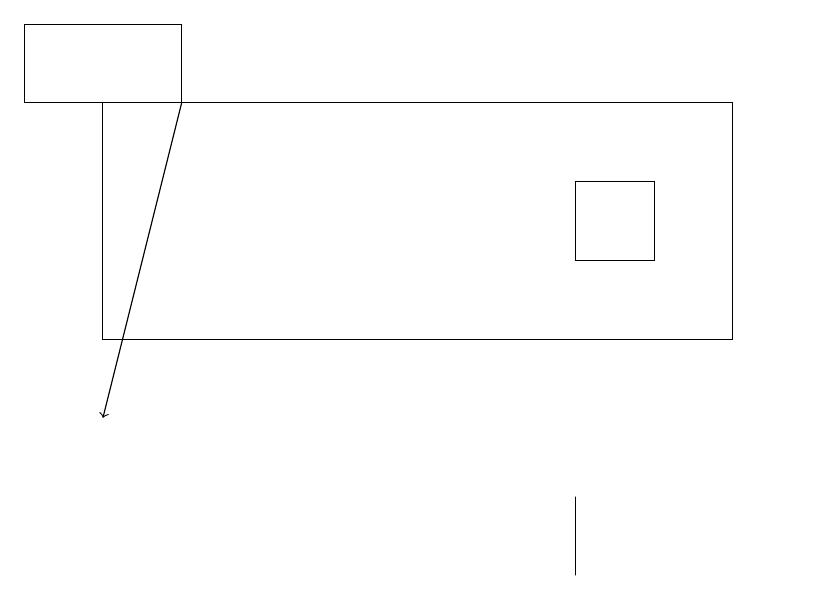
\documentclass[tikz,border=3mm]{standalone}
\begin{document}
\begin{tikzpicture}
\draw (1,16) rectangle (9,13);
\draw[->] (2,16) -- (1,12);
\draw (10,11) circle (0);
\draw (7,11) rectangle (7,10);
\draw (10,11) circle (0);
\draw (8,14) rectangle (7,15);
\draw (2,17) rectangle (0,16);
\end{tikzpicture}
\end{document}